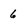
Character: 6